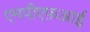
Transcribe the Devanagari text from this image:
एमपीएफ़आई